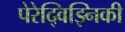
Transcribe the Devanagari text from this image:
पेरेद्विझ्निकी